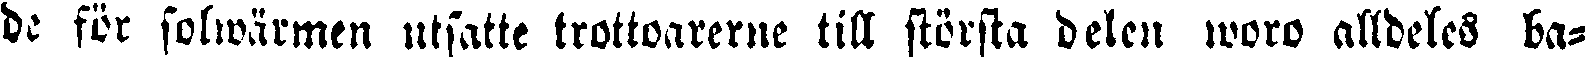
de för solwärmen utsatte trottoarerne till största delen woro alldeles ba-